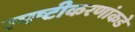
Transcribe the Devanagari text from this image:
स्पष्टीकरणांकडे